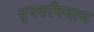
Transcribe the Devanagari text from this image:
तुनकमिजाज